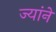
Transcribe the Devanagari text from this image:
ज्यांने